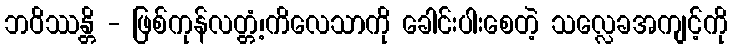
ဘဝိဿန္တိ - ဖြစ်ကုန်လတ္တံ့၊ကိလေသာကို ခေါင်းပါးစေတဲ့ သလ္လေခအကျင့်ကို